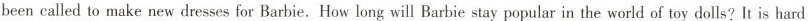
been called to make new dresses for Barbie. How long will Barbie stay popular in the world of toy dolls?It is hard